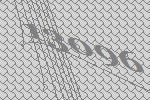
13096